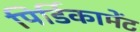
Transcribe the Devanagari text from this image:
पिर्डिकामेंट